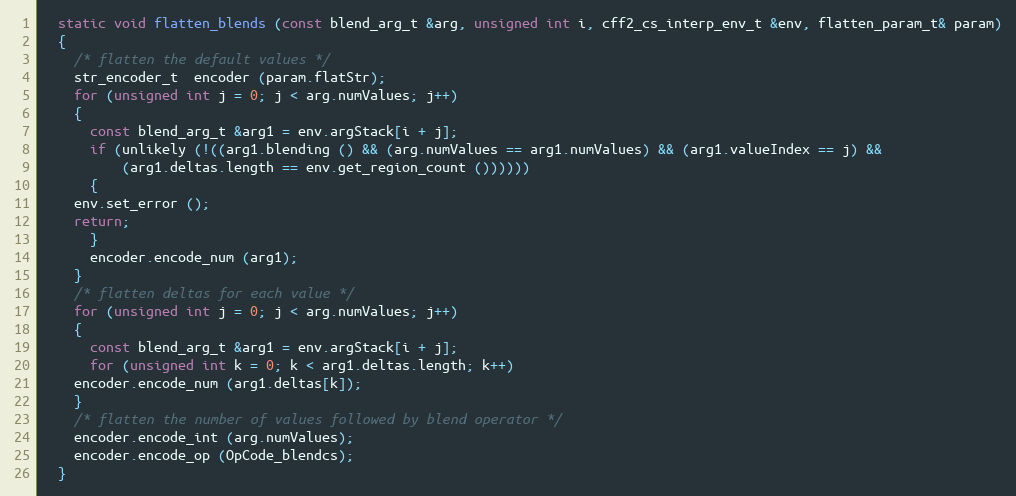
Language: C++
  static void flatten_blends (const blend_arg_t &arg, unsigned int i, cff2_cs_interp_env_t &env, flatten_param_t& param)
  {
    /* flatten the default values */
    str_encoder_t  encoder (param.flatStr);
    for (unsigned int j = 0; j < arg.numValues; j++)
    {
      const blend_arg_t &arg1 = env.argStack[i + j];
      if (unlikely (!((arg1.blending () && (arg.numValues == arg1.numValues) && (arg1.valueIndex == j) &&
	      (arg1.deltas.length == env.get_region_count ())))))
      {
	env.set_error ();
	return;
      }
      encoder.encode_num (arg1);
    }
    /* flatten deltas for each value */
    for (unsigned int j = 0; j < arg.numValues; j++)
    {
      const blend_arg_t &arg1 = env.argStack[i + j];
      for (unsigned int k = 0; k < arg1.deltas.length; k++)
	encoder.encode_num (arg1.deltas[k]);
    }
    /* flatten the number of values followed by blend operator */
    encoder.encode_int (arg.numValues);
    encoder.encode_op (OpCode_blendcs);
  }